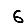
Digit: 6